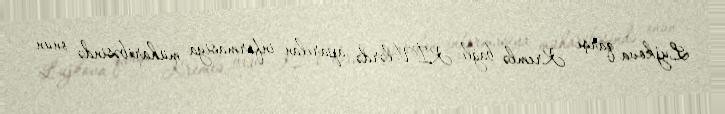
Lujkova qarşı Kremlə bağlı KİV-lərdə aparılan informasiya müharibəsində onun